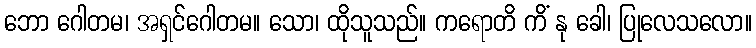
ဘော ဂေါတမ၊ အရှင်ဂေါတမ။ သော၊ ထိုသူသည်။ ကရောတိ ကိံ နု ခေါ၊ ပြုလေသလော။